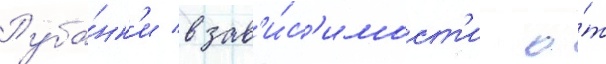
Руба́нк'и в зав'и́с'имост'и о́т